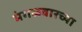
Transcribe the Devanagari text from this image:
मंगळवारच्या